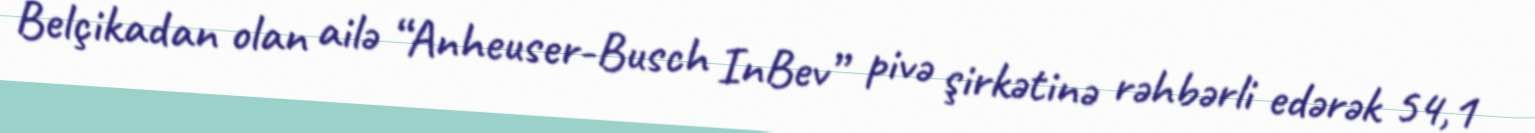
Belçikadan olan ailə “Anheuser-Busch InBev” pivə şirkətinə rəhbərli edərək 54,1